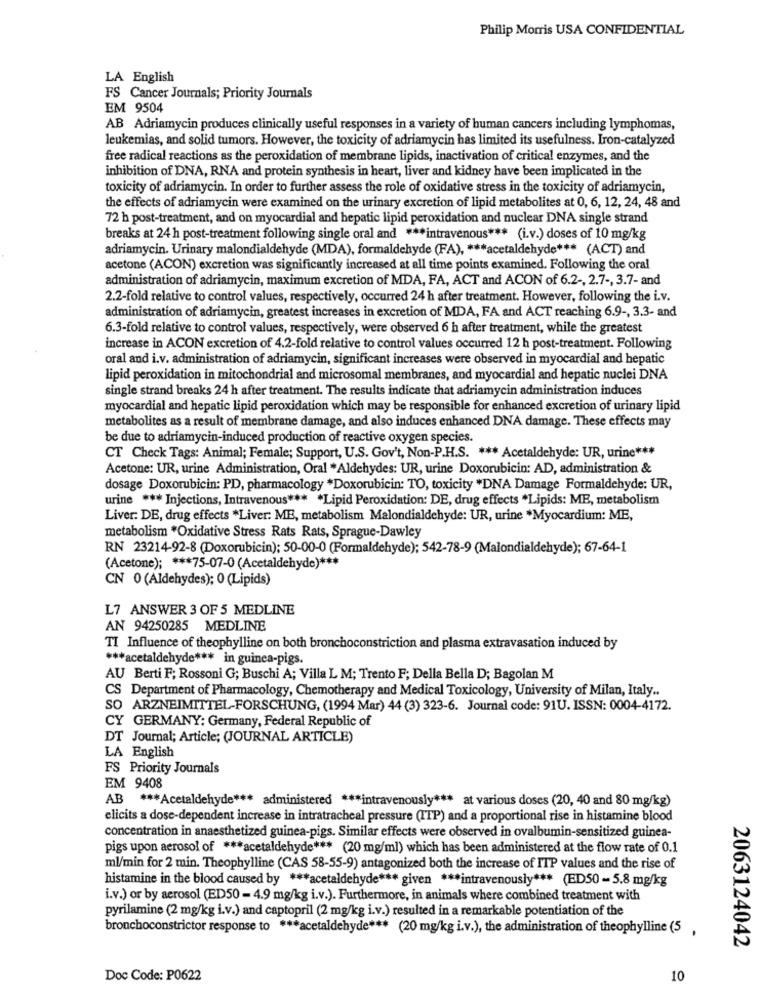
Philip Morris USA CONFIDENTIAL
LA English
FS Cancer Journals; Priority Journals
EM 9504
AB Adriamycin produces clinically useful responses in a variety of human cancers including lymphomas,
leukemias, and solid tumors. However, the toxicity of adriamycin has limited its usefulness. Iron-catalyzed
free radical reactions as the peroxidation of membrane lipids, inactivation of critical enzymes, and the
inhibition of DNA, RNA and protein synthesis in heart, liver and kidney have been implicated in the
toxicity of adriamycin. In order to further assess the role of oxidative stress in the toxicity of adriamycin,
the effects of adriamycin were examined on the urinary excretion of lipid metabolites at 0, 6, 12, 24, 48 and
72 h post-treatment, and on myocardial and hepatic lipid peroxidation and nuclear DNA single strand
breaks at 24 h post-treatment following single oral and *** intravenous *** (i.v.) doses of 10 mg/kg
adriamycin. Urinary malondialdehyde (MDA), formaldehyde (FA), *** acetaldehyde *** (ACT) and
acetone (ACON) excretion was significantly increased at all time points examined. Following the oral
administration of adriamycin, maximum excretion of MDA, FA, ACT and ACON of 6.2 -, 2.7 -, 3.7- and
2.2-fold relative to control values, respectively, occurred 24 h after treatment. However, following the i.v.
administration of adriamycin, greatest increases in excretion of MDA, FA and ACT reaching 6.9 -, 3.3- and
6.3-fold relative to control values, respectively, were observed 6 h after treatment, while the greatest
increase in ACON excretion of 4.2-fold relative to control values occurred 12 h post-treatment. Following
oral and i.v. administration of adriamycin, significant increases were observed in myocardial and hepatic
lipid peroxidation in mitochondrial and microsomal membranes, and myocardial and hepatic nuclei DNA
single strand breaks 24 h after treatment. The results indicate that adriamycin administration induces
myocardial and hepatic lipid peroxidation which may be responsible for enhanced excretion of urinary lipid
metabolites as a result of membrane damage, and also induces enhanced DNA damage. These effects may
be due to adriamycin-induced production of reactive oxygen species.
CT Check Tags: Animal; Female; Support, U.S. Gov't, Non-P.H.S. *** Acetaldehyde: UR, urine ***
Acetone: UR, urine Administration, Oral *Aldehydes: UR, urine Doxorubicin: AD, administration &
dosage Doxorubicin: PD, pharmacology *Doxorubicin: TO, toxicity *DNA Damage Formaldehyde: UR,
urine *** Injections, Intravenous *** * Lipid Peroxidation: DE, drug effects *Lipids: ME, metabolism
Liver: DE, drug effects *Liver: ME, metabolism Malondialdehyde: UR, urine *Myocardium: ME,
metabolism *Oxidative Stress Rats Rats, Sprague-Dawley
RN 23214-92-8 (Doxorubicin); 50-00-0 (Formaldehyde); 542-78-9 (Malondialdehyde); 67-64-1
(Acetone); *** 75-07-0 (Acetaldehyde) ***
CN 0 (Aldehydes); 0 (Lipids)
L7 ANSWER 3 OF 5 MEDLINE
AN 94250285 MEDLINE
TI Influence of theophylline on both bronchoconstriction and plasma extravasation induced by
*** acetaldehyde *** in guinea-pigs.
AU Berti F; Rossoni G; Buschi A; Villa L M; Trento F; Della Bella D; Bagolan M
CS Department of Pharmacology, Chemotherapy and Medical Toxicology, University of Milan, Italy ..
SO ARZNEIMITTEL-FORSCHUNG, (1994 Mar) 44 (3) 323-6. Journal code: 91U. ISSN: 0004-4172.
CY GERMANY: Germany, Federal Republic of
DT Journal; Article; (JOURNAL ARTICLE)
LA English
FS Priority Journals
EM 9408
AB *** Acetaldehyde *** administered *** intravenously *** at various doses (20, 40 and 80 mg/kg)
elicits a dose-dependent increase in intratracheal pressure (ITP) and a proportional rise in histamine blood
concentration in anaesthetized guinea-pigs. Similar effects were observed in ovalbumin-sensitized guinea-
pigs upon aerosol of *** acetaldehyde *** (20 mg/ml) which has been administered at the flow rate of 0.1
ml/min for 2 min. Theophylline (CAS 58-55-9) antagonized both the increase of ITP values and the rise of
histamine in the blood caused by *** acetaldehyde *** given *** intravenously *** (ED50 - 5.8 mg/kg
i.v.) or by aerosol (ED50 - 4.9 mg/kg i.v.). Furthermore, in animals where combined treatment with
pyrilamine (2 mg/kg i.v.) and captopril (2 mg/kg i.v.) resulted in a remarkable potentiation of the
bronchoconstrictor response to *** acetaldehyde *** (20 mg/kg i.v.), the administration of theophylline (5 ,
2063124042
Doc Code: P0622
10